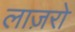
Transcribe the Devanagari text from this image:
लाज़रो